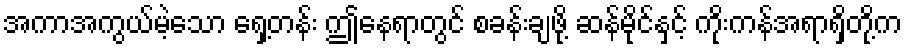
အကာအကွယ်မဲ့သော ရှေ့တန်း ဤနေရာတွင် စခန်းချဖို့ ဆန်မိုင်နှင့် ကိုးကန်အရာရှိတို့က